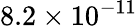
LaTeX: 8.2\times 10^{-11}